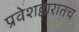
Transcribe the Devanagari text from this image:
प्रवेशद्वारातच